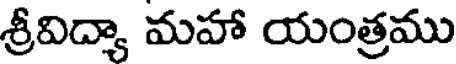
శ్రీవిద్యా మహా యంత్రము